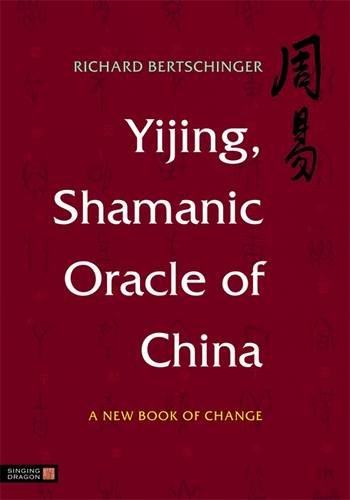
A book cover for Yijing, Shamanic Oracle of China: A New Book of Change; Religion & Spirituality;